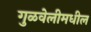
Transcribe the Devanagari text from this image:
गुळवेलीमधील